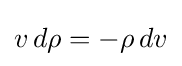
v\,d\rho =-\rho \,dv